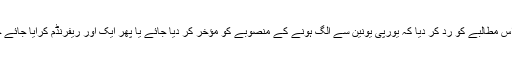
پیر کے روز، تھریسا مےنے یورپی یونین نواز قانون سازوں کے اس مطالبے کو رد کر دیا کہ یورپی یونین سے الگ ہونے کے منصوبے کو مؤخر کر دیا جائے یا پھر ایک اور ریفرنڈم کرایا جائے جس میں یہ فیصلہ ہو کہ یورپی بلاک سے جڑے رہا جائے یا نہیں۔